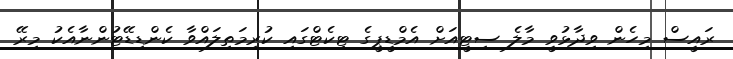
ރައީސް މިހެން ވިދާޅުވީ މާލެ ސިޓީއަށް އެމްޑީޕީގެ ޓިކެޓްގައި ކުރިމަތިލައްވާ ކެންޑިޑޭޓުންނާއެކު މިރޭ